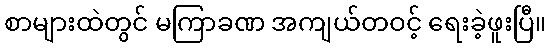
စာများထဲတွင် မကြာခဏ အကျယ်တဝင့် ရေးခဲ့ဖူးပြီ။